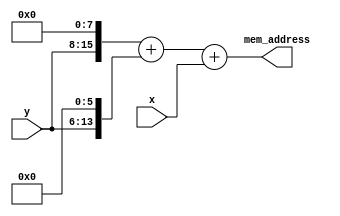
module vga_address_translator(x, y, mem_address);
	parameter RESOLUTION = "320x240";
	input [((RESOLUTION == "320x240") ? (8) : (7)):0] x; 
	input [((RESOLUTION == "320x240") ? (7) : (6)):0] y;	
	output reg [((RESOLUTION == "320x240") ? (16) : (14)):0] mem_address;
	wire [16:0] res_320x240 = ({1'b0, y, 8'd0} + {1'b0, y, 6'd0} + {1'b0, x});
	wire [15:0] res_160x120 = ({1'b0, y, 7'd0} + {1'b0, y, 5'd0} + {1'b0, x});
	always @(*)
	begin
		if (RESOLUTION == "320x240")
			mem_address = res_320x240;
		else
			mem_address = res_160x120[14:0];
	end
endmodule